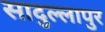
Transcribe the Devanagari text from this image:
सादुल्लापुर